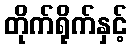
တိုက်ရိုက်နှင့်